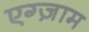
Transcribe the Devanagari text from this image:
एग्ज़ाम